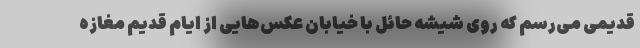
قدیمی می‌رسم که روی شیشه حائل با خیابان عکس‌هایی از ایام قدیم مغازه